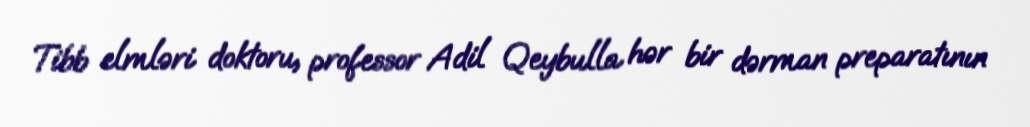
Tibb elmləri doktoru, professor Adil Qeybulla hər bir dərman preparatının